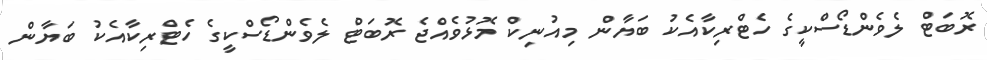
ރޮބަޓް ލެވެންޑޯސްކީގެ ހެޓްރިކާއެކު ބަޔާން މިއުނިކް މޮޅުވެއްޖެ ރޮބަޓް ލެވެންޑޯސްކީގެ ހެޓްރިކާއެކު ބަޔާން